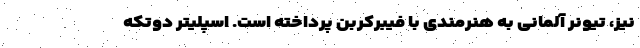
نیز، تیونر آلمانی به هنرمندی با فیبرکربن پرداخته است. اسپلیتر دوتکه